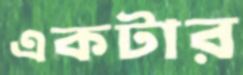
একটার